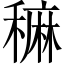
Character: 𥢂